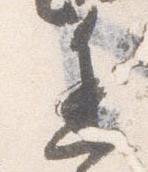
進